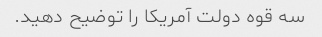
سه قوه دولت آمریکا را توضیح دهید.